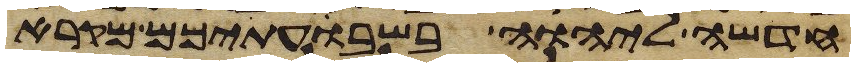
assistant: חדשה ליהוה בשבעתיכם מקרא